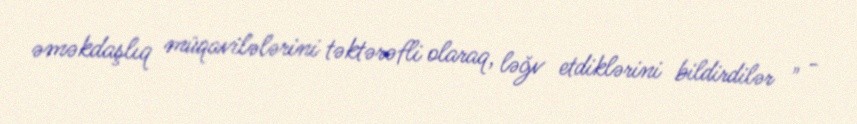
əməkdaşlıq müqavilələrini təktərəfli olaraq, ləğv etdiklərini bildirdilər " -